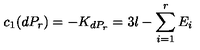
c _ { 1 } ( d P _ { r } ) = - K _ { d P _ { r } } = 3 l - \sum _ { i = 1 } ^ { r } { E _ { i } }